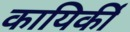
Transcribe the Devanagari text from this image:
कायिर्की